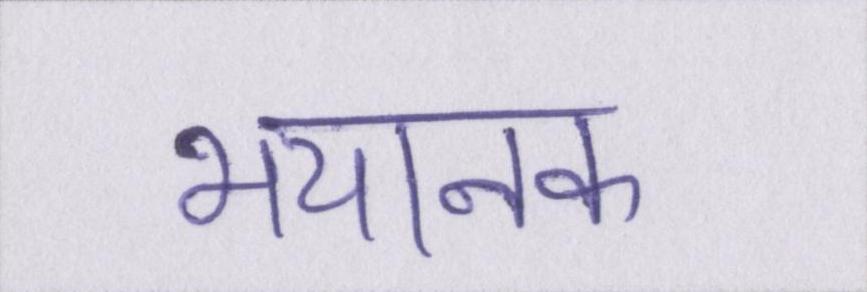
भयानक